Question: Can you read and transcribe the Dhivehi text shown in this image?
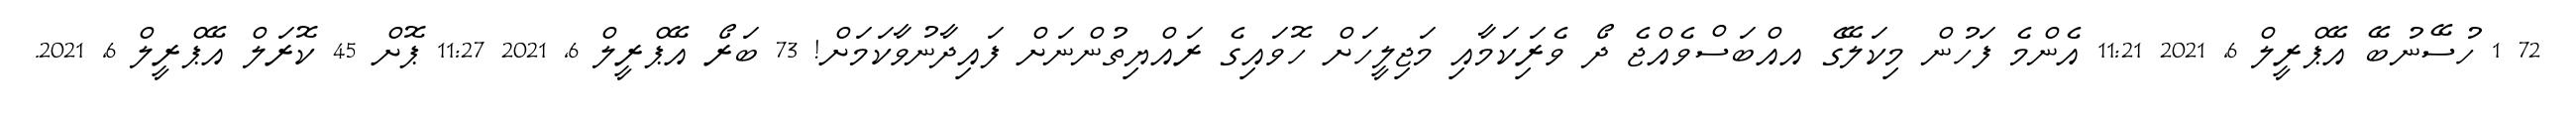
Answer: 72 1 ހުސޭނުބޭ އޭޕްރީލް 6, 2021 11:21 އެންމެ ފަހުން މިކަލޭގެ އއްބަސްވެއްޖެ ދޯ ވެރިަކަމާއި މަޖިލީހަށް ހޮވައިގެ ރައްޔިތުންނަށް ފައިދާނުވާކަމަށް! 73 ބަރޯ އޭޕްރީލް 6, 2021 11:27 ޕޮށް 45 ކޮރަލް އޭޕްރީލް 6, 2021.